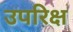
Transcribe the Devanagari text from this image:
उपरिक्ष